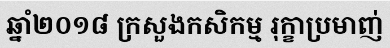
ឆ្នាំ២០១៨ ក្រសួងកសិកម្ម រុក្ខាប្រមាញ់